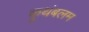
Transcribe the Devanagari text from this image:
कूथंबलम